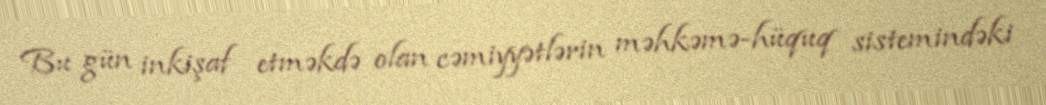
Bu gün inkişaf etməkdə olan cəmiyyətlərin məhkəmə-hüquq sistemindəki